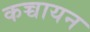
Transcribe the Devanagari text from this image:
कच्चायन